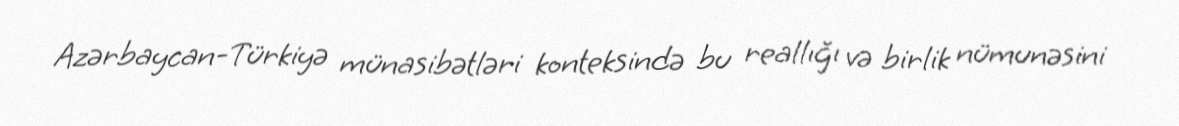
Azərbaycan-Türkiyə münasibətləri konteksində bu reallığı və birlik nümunəsini